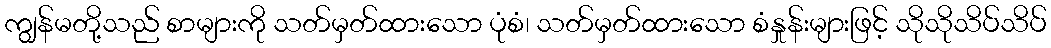
ကျွန်မတို့သည် စာများကို သတ်မှတ်ထားသော ပုံစံ၊ သတ်မှတ်ထားသော စံနှုန်းများဖြင့် သိုသိုသိပ်သိပ်